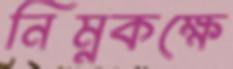
নিম্নকক্ষে